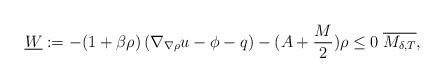
LaTeX: \begin{align*}\underline{W} := - (1 + \beta \rho) \left( \nabla_{\nabla \rho} u - \phi - q \right) - (A + \frac{M}{2}) \rho \leq 0 \; \overline{M_{\delta, T}},\end{align*}